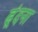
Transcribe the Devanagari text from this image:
ढूंदना